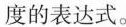
度的表达式。